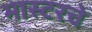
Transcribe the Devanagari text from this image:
मास्टरचे